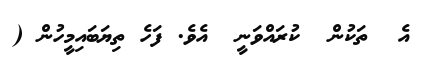
އެ  ތަކުން  ކުރައްވަނީ  އެވެ. ފަހެ ތިޔަބައިމީހުން (